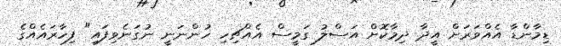
ޑިމާންޑާ އެއްވަރަށް އީދާ ދިމާކޮށް އަސްލު ގަމީސް އެއްޗިހި ހުންނަނީ ނުގަނެވިފައި" ފިހާރައެއްގެ